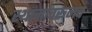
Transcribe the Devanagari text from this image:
स्थानांवरूनच